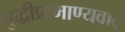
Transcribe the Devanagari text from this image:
बुद्धीप्रामाण्यवाद